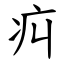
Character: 㽱